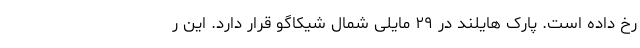
رخ داده است. پارک هایلند در ۲۹ مایلی شمال شیکاگو قرار دارد. این ر